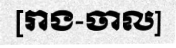
[រាង-ចាល]